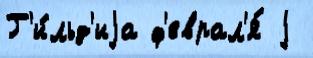
Г'и́льд'иjа ф'еврал'я́ j